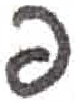
אות: פ